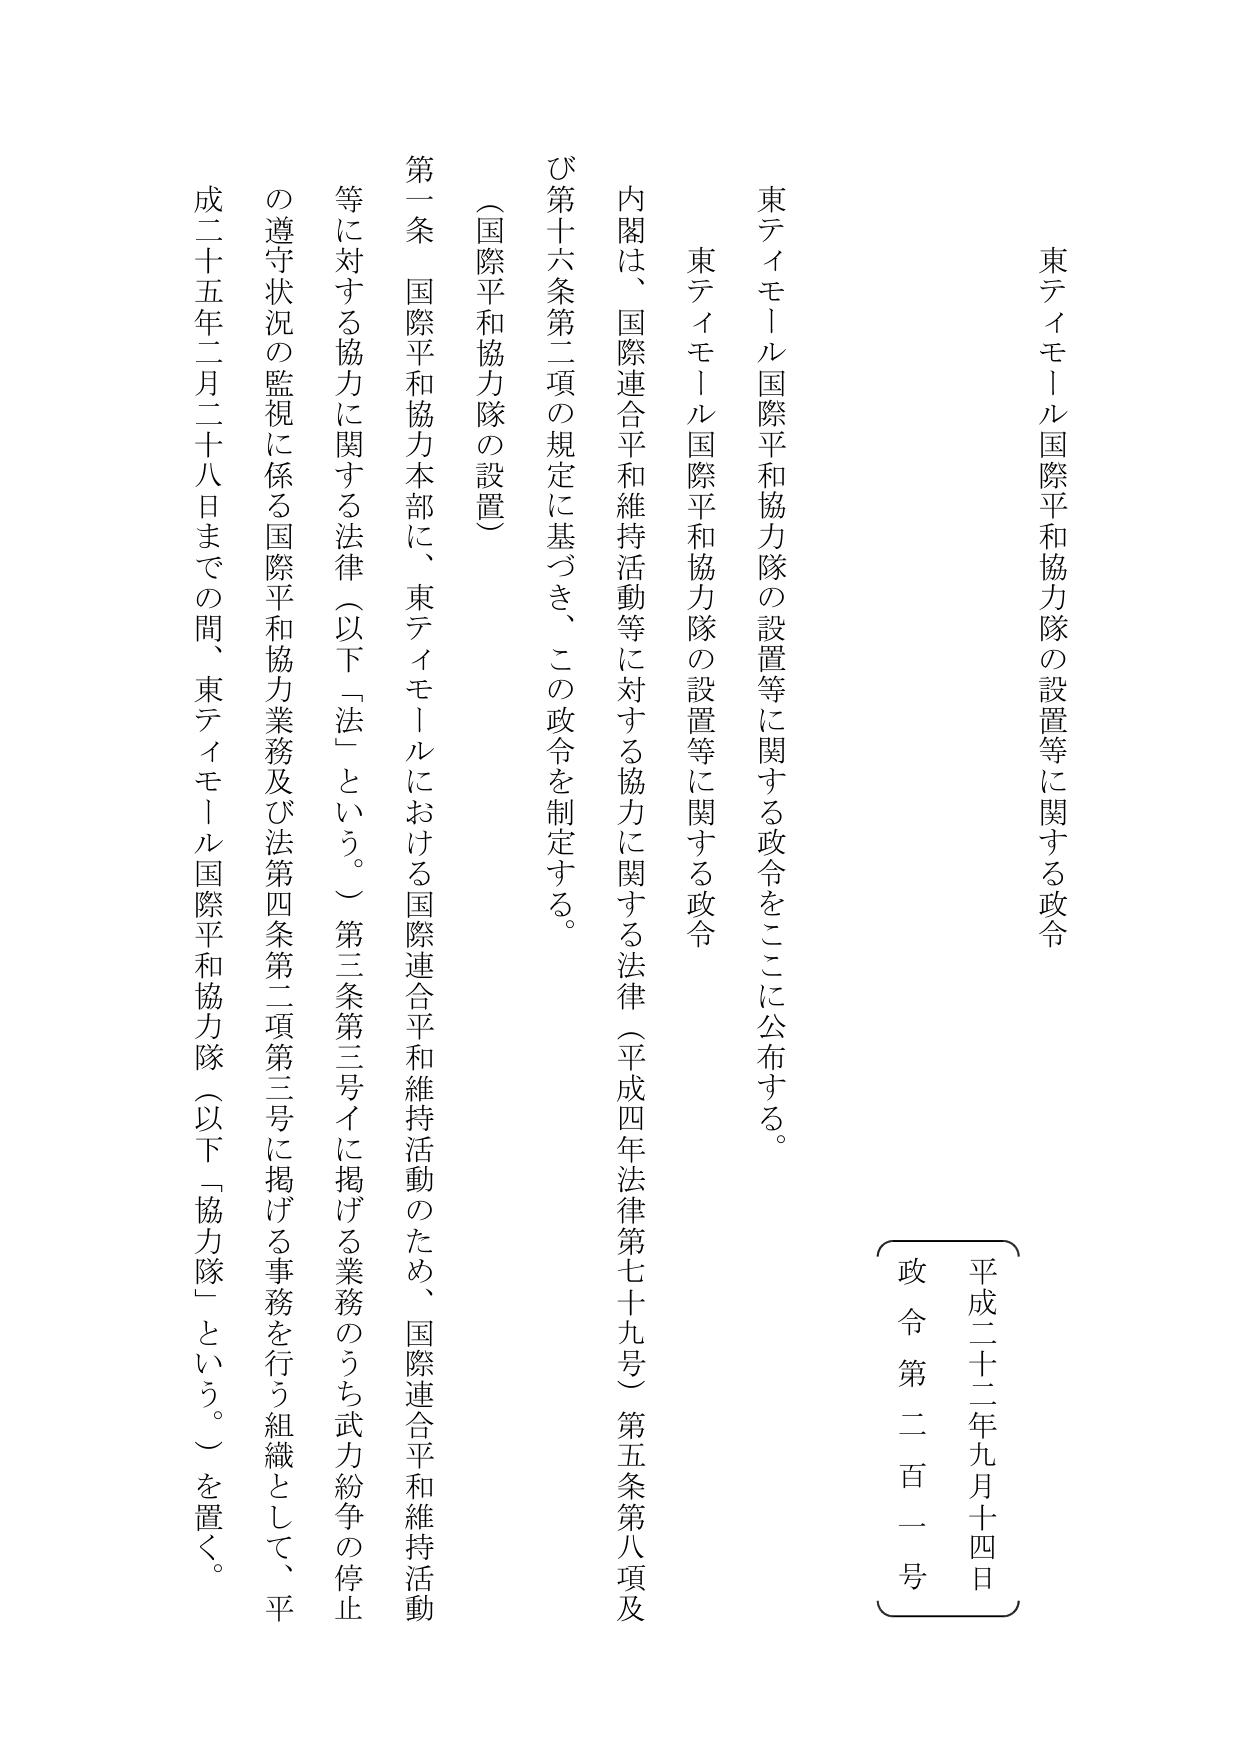
東ティモール国際平和協力隊の設置等に関する政令

東ティモール国際平和協力隊の設置等に関する政令をここに公布する。

東ティモール国際平和協力隊の設置等に関する政令

内閣は、国際連合平和維持活動等に対する協力に関する法律（平成四年法律第七十九号）第五条第八項及び第十六条第二項の規定に基づき、この政令を制定する。

（国際平和協力隊の設置）

第一条　国際平和協力本部に、東ティモールにおける国際連合平和維持活動のため、国際連合平和維持活動等に対する協力に関する法律（以下「法」という。）第三条第三号イに掲げる業務のうち武力紛争の停止の遵守状況の監視に係る国際平和協力業務及び法第四条第二項第三号に掲げる事務を行う組織として、平成二十五年二月二十八日までの間、東ティモール国際平和協力隊（以下「協力隊」という。）を置く。

平成二十二年九月十四日
政令第二百一号